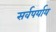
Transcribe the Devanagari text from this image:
सर्वपर्याय